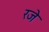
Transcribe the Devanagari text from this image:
रजे